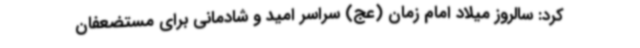
کرد: سالروز میلاد امام زمان (عج) سراسر امید و شادمانی برای مستضعفان